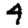
Digit: 4